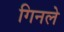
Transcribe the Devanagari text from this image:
गिनले